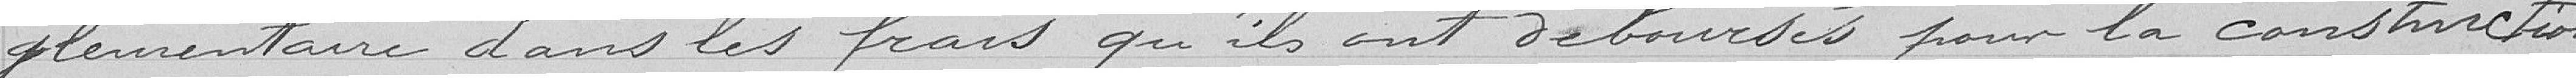
glementaire dans les frais qu'ils ont déboursés pour la construction